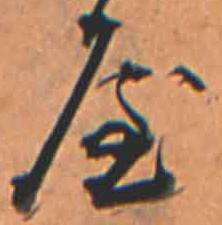
屋